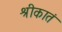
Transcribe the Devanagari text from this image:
श्रीकातं